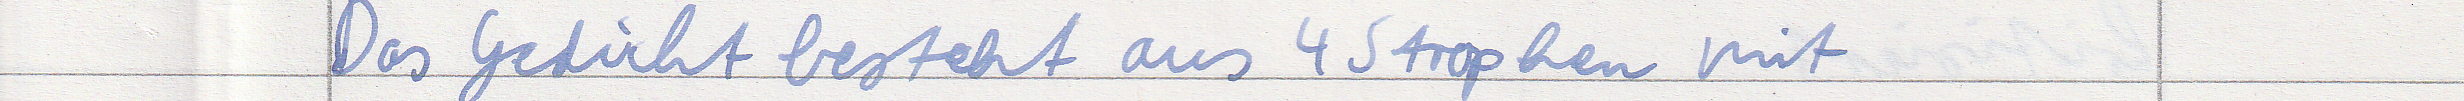
Das Gedicht besteht aus 4 Strophen mit